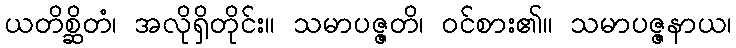
ယတိစ္ဆိတံ၊ အလိုရှိတိုင်း။ သမာပဇ္ဇတိ၊ ဝင်စား၏။ သမာပဇ္ဇနာယ၊